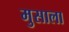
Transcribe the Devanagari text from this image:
मुसाला